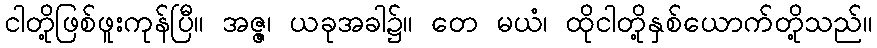
ငါတို့ဖြစ်ဖူးကုန်ပြီ။ အဇ္ဇ၊ ယခုအခါ၌။ တေ မယံ၊ ထိုငါတို့နှစ်ယောက်တို့သည်။